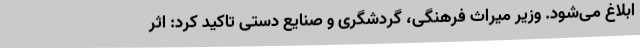
ابلاغ می‌شود. وزیر میراث فرهنگی، گردشگری و صنایع دستی تاکید کرد: اثر